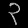
Digit: ၃